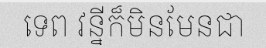
ទេព វន្នីក៏មិនមែនជា